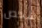
شخص